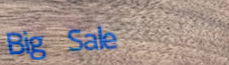
Big Sale